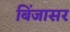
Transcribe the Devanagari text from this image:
बिँजासर